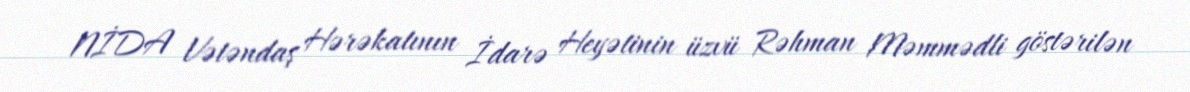
NİDA Vətəndaş Hərəkatının İdarə Heyətinin üzvü Rəhman Məmmədli göstərilən